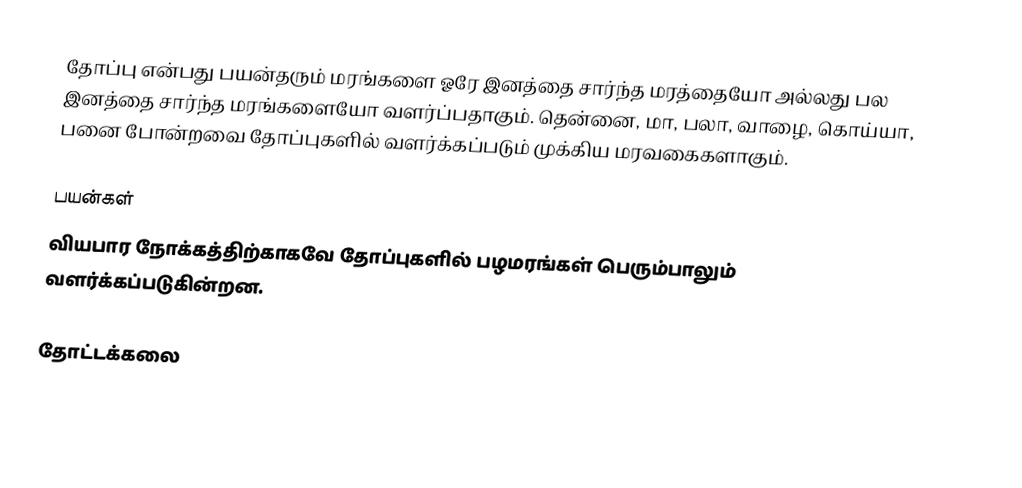
தோப்பு என்பது பயன்தரும் மரங்களை ஓரே இனத்தை சார்ந்த மரத்தையோ அல்லது பல இனத்தை சார்ந்த மரங்களையோ வளர்ப்பதாகும். தென்னை, மா, பலா, வாழை, கொய்யா, பனை போன்றவை தோப்புகளில் வளர்க்கப்படும் முக்கிய மரவகைகளாகும்.

பயன்கள்
வியபார நோக்கத்திற்காகவே தோப்புகளில் பழமரங்கள் பெரும்பாலும் வளர்க்கப்படுகின்றன.

தோட்டக்கலை